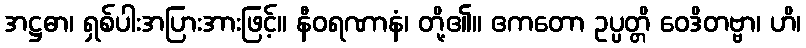
အဋ္ဌဓာ၊ ရှစ်ပါးအပြားအားဖြင့်။ နီဝရဏာနံ၊ တို့၏။ ဧကတော ဥပ္ပတ္တိ ဝေဒိတဗ္ဗာ၊ ဟိ၊